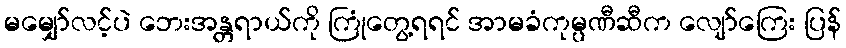
မမျှော်လင့်ပဲ ဘေးအန္တရာယ်ကို ကြုံတွေ့ရရင် အာမခံကုမ္ပဏီဆီက လျော်ကြေး ပြန်